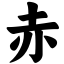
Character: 赤